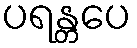
ပရန္တပေ